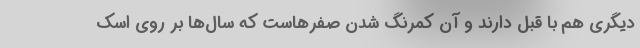
دیگری هم با قبل دارند و آن کمرنگ شدن صفرهاست که سال‌ها بر روی اسک